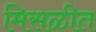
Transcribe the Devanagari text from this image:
मिसळीत